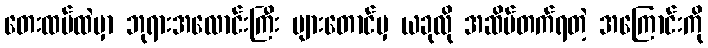
တေးထပ်ထဲမှာ ဘုရားအလောင်းကြီး များတောင်မှ ယခုလို အဆိပ်တက်ရတဲ့ အကြောင်းကို